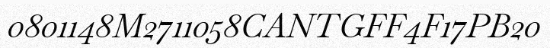
0801148M2711058CANTGFF4F17PB20